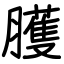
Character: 臒